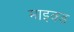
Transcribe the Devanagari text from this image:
माइक्ड